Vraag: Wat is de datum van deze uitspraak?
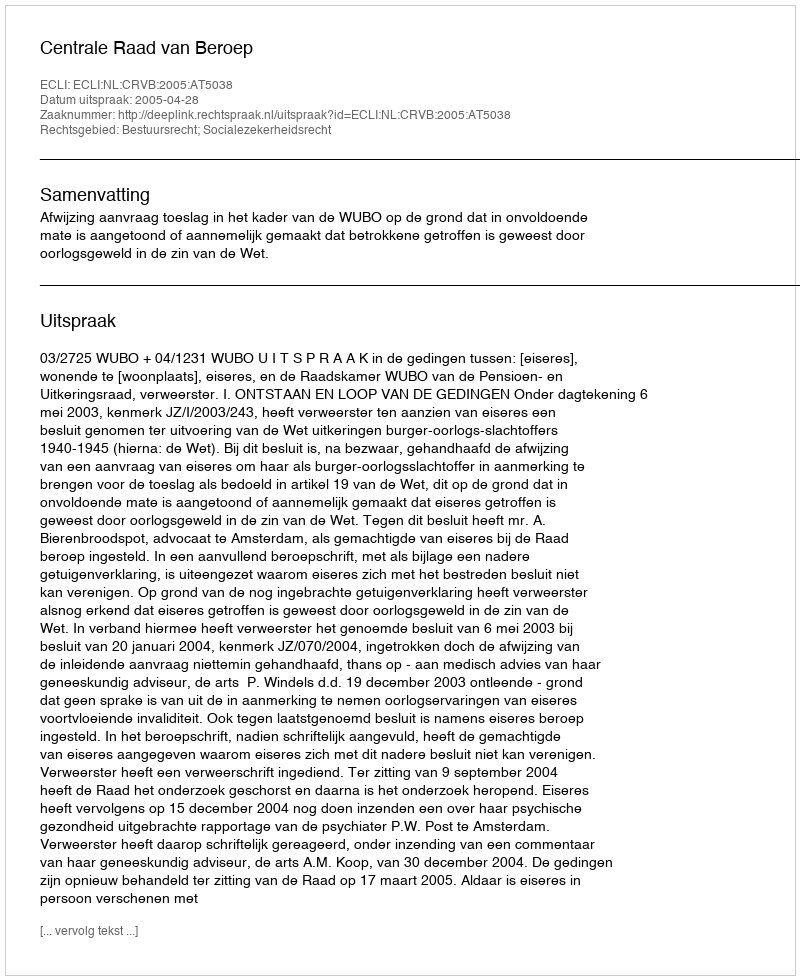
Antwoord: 2005-04-28